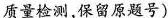
质量检测，保留原题号)